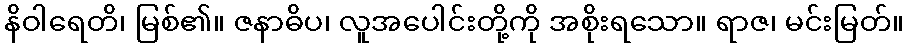
နိဝါရေတိ၊ မြစ်၏။ ဇနာဓိပ၊ လူအပေါင်းတို့ကို အစိုးရသော။ ရာဇ၊ မင်းမြတ်။